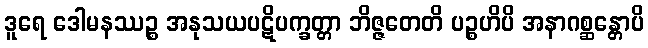
ဒူရေ ဒေါမနဿဉ္စ အနုသယပဋိပက္ခတ္တာ ဘိဇ္ဇတေတိ ပဉ္စဟိပိ အနာဂစ္ဆန္တောပိ